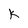
Character: k